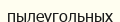
пылеугольных